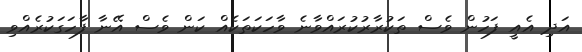
އަދި އެއީ ފަހުން ވެސް ތަކުރާރުކުރައްވާނެ ވާހަކަތަކެއް ކަން ވެސް އޭނާ ފާހަގަކުރެއްވި